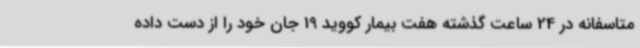
متاسفانه در 24 ساعت گذشته هفت بیمار کووید 19 جان خود را از دست داده